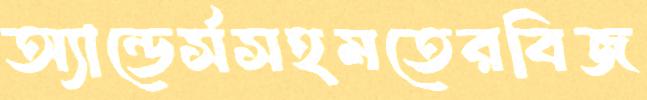
অ্যান্ডের্সসহমতেরবিজ